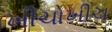
ખીચોખીચ